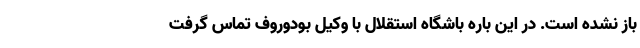
باز نشده است. در این باره باشگاه استقلال با وکیل بودوروف تماس گرفت